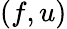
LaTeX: (f,u)